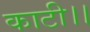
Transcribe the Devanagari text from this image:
काटी।।